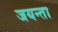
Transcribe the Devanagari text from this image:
जयन्ता